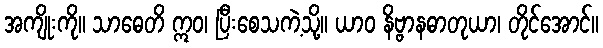
အကျိုးကို။ သာဓေတိ ဣဝ၊ ပြီးစေသကဲ့သို့။ ယာဝ နိဗ္ဗာနဓာတုယာ၊ တိုင်အောင်။